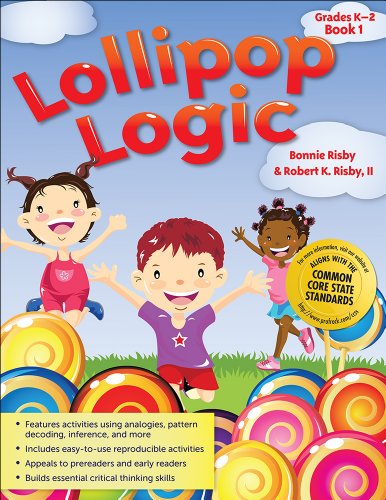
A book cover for Lollipop Logic: Grades K-2, Book 1; Bonnie Risby; Test Preparation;